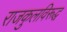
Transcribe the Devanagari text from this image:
राजकुलविरूद्ध